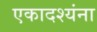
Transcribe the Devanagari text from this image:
एकादश्यंना